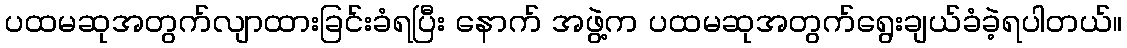
ပထမဆုအတွက်လျာထားခြင်းခံရပြီး နောက် အဖွဲ့က ပထမဆုအတွက်ရွေးချယ်ခံခဲ့ရပါတယ်။